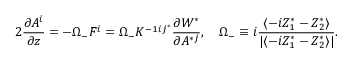
2 { \frac { \partial A ^ { i } } { \partial z } } = - \Omega _ { - } F ^ { i } = \Omega _ { - } K ^ { - 1 i j ^ { * } } \frac { \partial { \cal W } ^ { * } } { \partial A ^ { * j } } , \quad \Omega _ { - } \equiv i \frac { \langle - i Z _ { 1 } ^ { * } - Z _ { 2 } ^ { * } \rangle } { | \langle - i Z _ { 1 } ^ { * } - Z _ { 2 } ^ { * } \rangle | } .